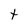
Character: t